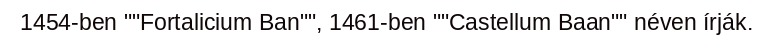
1454-ben ""Fortalicium Ban"", 1461-ben ""Castellum Baan"" néven írják.